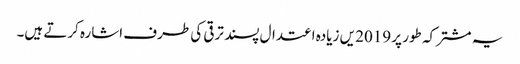
یہ مشترکہ طور پر 2019 یں زیادہ اعتدال پسند ترقی کی طرف اشارہ کرتے ہیں۔